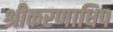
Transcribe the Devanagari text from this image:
श्रीकरणाधिप